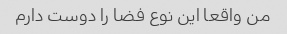
من واقعا این نوع فضا را دوست دارم